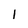
Character: 1